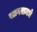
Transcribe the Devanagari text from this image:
सागरामधे